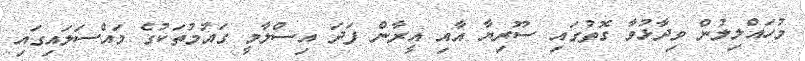
މުހައްލިލުން ވިދާޅުވާ ގޮތުގައި ސޫރިޔާ އާއި އީރާން ފަދަ އިސްލާމީ ގައުމުތަކުގެ މައްސަލައިގައި